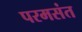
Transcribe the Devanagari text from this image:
परमसंत